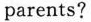
parents?